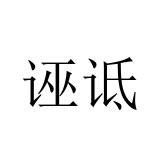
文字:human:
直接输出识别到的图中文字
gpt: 诬诋